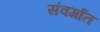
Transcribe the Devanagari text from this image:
संवर्गात